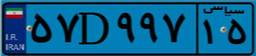
۵۷D۹۹۷۱۵